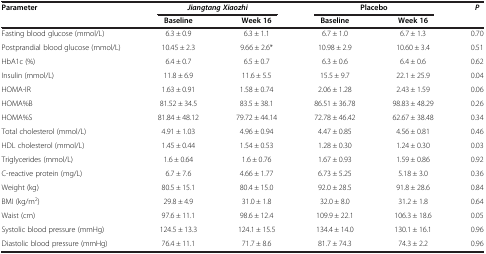
<table><thead><tr><td rowspan="2"><b>Parameter</b></td><td colspan="2"><b><i>Jiangtang Xiaozhi</i></b></td><td colspan="2"><b>Placebo</b></td><td rowspan="2"><b><i>P</i></b></td></tr><tr><td><b>Baseline</b></td><td><b>Week 16</b></td><td><b>Baseline</b></td><td><b>Week 16</b></td></tr></thead><tbody><tr><td>Fasting blood glucose (mmol/L)</td><td>6.3 ± 0.9</td><td>6.3 ± 1.1</td><td>6.7 ± 1.0</td><td>6.7 ± 1.3</td><td>0.70</td></tr><tr><td>Postprandial blood glucose (mmol/L)</td><td>10.45 ± 2.3</td><td>9.66 ± 2.6*</td><td>10.98 ± 2.9</td><td>10.60 ± 3.4</td><td>0.51</td></tr><tr><td>HbA1c (%)</td><td>6.4 ± 0.7</td><td>6.5 ± 0.7</td><td>6.3 ± 0.6</td><td>6.4 ± 0.6</td><td>0.62</td></tr><tr><td>Insulin (mmol/L)</td><td>11.8 ± 6.9</td><td>11.6 ± 5.5</td><td>15.5 ± 9.7</td><td>22.1 ± 25.9</td><td>0.04</td></tr><tr><td>HOMA-IR</td><td>1.63 ± 0.91</td><td>1.58 ± 0.74</td><td>2.06 ± 1.28</td><td>2.43 ± 1.59</td><td>0.06</td></tr><tr><td>HOMA%B</td><td>81.52 ± 34.5</td><td>83.5 ± 38.1</td><td>86.51 ± 36.78</td><td>98.83 ± 48.29</td><td>0.26</td></tr><tr><td>HOMA%S</td><td>81.84 ± 48.12</td><td>79.72 ± 44.14</td><td>72.78 ± 46.42</td><td>62.67 ± 38.48</td><td>0.34</td></tr><tr><td>Total cholesterol (mmol/L)</td><td>4.91 ± 1.03</td><td>4.96 ± 0.94</td><td>4.47 ± 0.85</td><td>4.56 ± 0.81</td><td>0.46</td></tr><tr><td>HDL cholesterol (mmol/L)</td><td>1.45 ± 0.44</td><td>1.54 ± 0.53</td><td>1.28 ± 0.30</td><td>1.24 ± 0.30</td><td>0.03</td></tr><tr><td>Triglycerides (mmol/L)</td><td>1.6 ± 0.64</td><td>1.6 ± 0.76</td><td>1.67 ± 0.93</td><td>1.59 ± 0.86</td><td>0.92</td></tr><tr><td>C-reactive protein (mg/L)</td><td>6.7 ± 7.6</td><td>4.66 ± 1.77</td><td>6.73 ± 5.25</td><td>5.18 ± 3.0</td><td>0.36</td></tr><tr><td>Weight (kg)</td><td>80.5 ± 15.1</td><td>80.4 ± 15.0</td><td>92.0 ± 28.5</td><td>91.8 ± 28.6</td><td>0.84</td></tr><tr><td>BMI (kg/m<sup>2</sup>)</td><td>29.8 ± 4.9</td><td>31.0 ± 1.8</td><td>32.0 ± 8.0</td><td>31.2 ± 1.8</td><td>0.64</td></tr><tr><td>Waist (cm)</td><td>97.6 ± 11.1</td><td>98.6 ± 12.4</td><td>109.9 ± 22.1</td><td>106.3 ± 18.6</td><td>0.05</td></tr><tr><td>Systolic blood pressure (mmHg)</td><td>124.5 ± 13.3</td><td>124.1 ± 15.5</td><td>134.4 ± 14.0</td><td>130.1 ± 16.1</td><td>0.96</td></tr><tr><td>Diastolic blood pressure (mmHg)</td><td>76.4 ± 11.1</td><td>71.7 ± 8.6</td><td>81.7 ± 74.3</td><td>74.3 ± 2.2</td><td>0.96</td></tr></tbody></table>